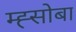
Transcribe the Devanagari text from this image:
म्ह्सोबा